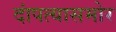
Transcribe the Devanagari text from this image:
दांपत्यासमोर